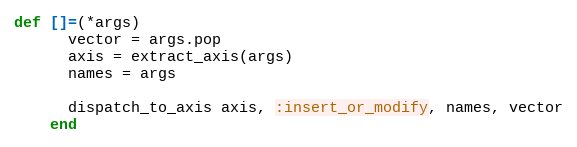
Language: Ruby
def []=(*args)
      vector = args.pop
      axis = extract_axis(args)
      names = args

      dispatch_to_axis axis, :insert_or_modify, names, vector
    end